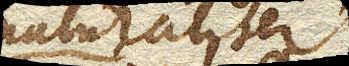
naturaliter